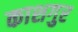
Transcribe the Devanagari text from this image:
काशगुर